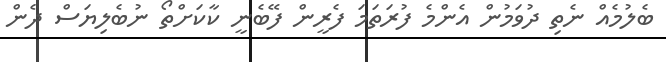
ބެލުމެއް ނެތި ދުވަމުން އެންމެ ފުރަތަމަ ފެރީން ފޭބެނީ ކާކަށްތޯ ނުބެލިޔަސް ދެން